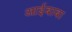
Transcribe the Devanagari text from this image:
आईबाबा